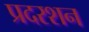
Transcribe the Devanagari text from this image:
प्रदरशन